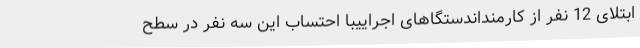
ابتلای 12 نفر از کارمنداندستگاهای اجراییبا احتساب این سه نفر در سطح